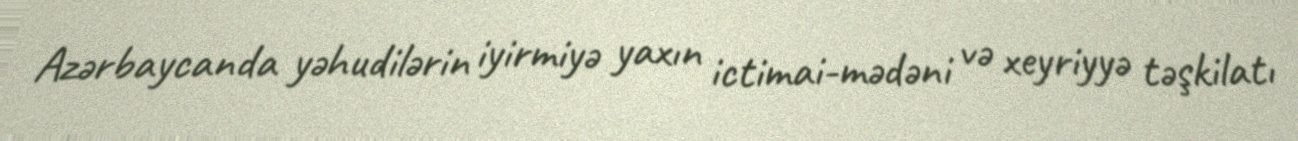
Azərbaycanda yəhudilərin iyirmiyə yaxın ictimai-mədəni və xeyriyyə təşkilatı